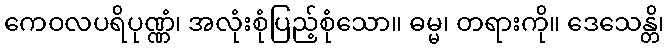
ကေဝလပရိပုဏ္ဏံ၊ အလုံးစုံပြည့်စုံသော။ ဓမ္မ၊ တရားကို။ ဒေသေန္တိ၊